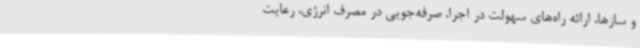
و سازها، ارائه راه‌های سهولت در اجرا، صرفه‌جویی در مصرف انرژی، رعایت